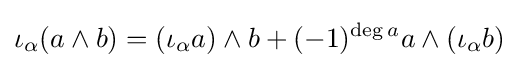
\iota _{\alpha }(a\wedge b)=(\iota _{\alpha }a)\wedge b+(-1)^{\deg a}a\wedge (\iota _{\alpha }b)